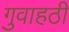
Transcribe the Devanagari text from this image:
गुवाहठी